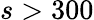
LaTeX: s>300